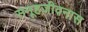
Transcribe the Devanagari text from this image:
समूहजीवनास